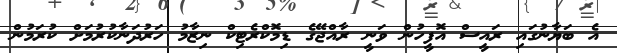
އެ ބަޔާނުގައި ރައީސް އޮފީހުން ވަނީ ރާއްޖޭގެ ޑިމޮކްރެޓިކް ނިޒާމު ހަރުދަނާކުރުމަށް ކުރަމުން